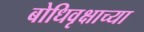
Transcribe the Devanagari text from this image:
बोधिवृक्षाच्या